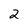
Character: 2